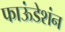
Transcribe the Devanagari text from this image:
फाऊंडेशंन